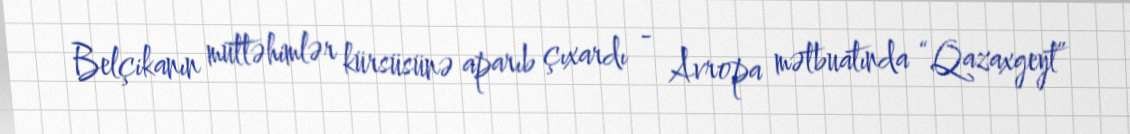
Belçikanın müttəhimlər kürsüsünə aparıb çıxardı - Avropa mətbuatında “Qazaxgeyt”